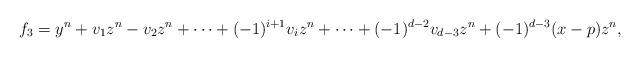
LaTeX: \begin{align*}f_3 = y^n+v_1z^n-v_2z^n+\cdots+(-1)^{i+1}v_iz^n+\cdots+(-1)^{d-2}v_{d-3}z^n+(-1)^{d-3}(x-p)z^n,\end{align*}